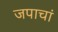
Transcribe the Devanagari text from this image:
जपाचां